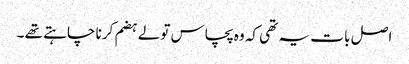
اصل با ت یہ تھی کہ وہ پچاس تولے ہضم کرنا چاہتے تھے ۔